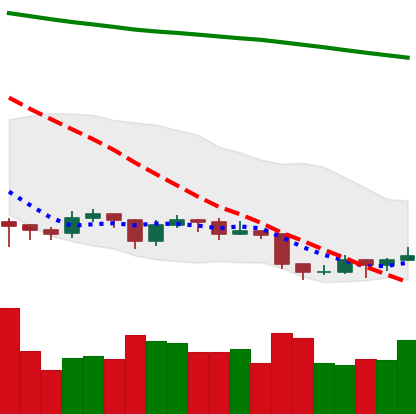
Ticker: EOS-USD
Chart end date: 2019-09-03
Forward return: 12.473%
Label: up_7plus